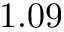
1 . 0 9